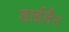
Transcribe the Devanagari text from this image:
डाईलैन